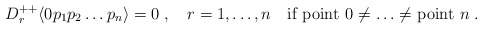
\begin{align*} D^{++}_r\langle 0 p_1p_2\ldots p_n\rangle = 0\;, \quad r=1,\ldots,n \quad \mbox{if point 0 $\neq\ldots\neq$ point $n$}\;.\end{align*}